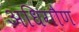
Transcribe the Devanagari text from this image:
अधिगौण